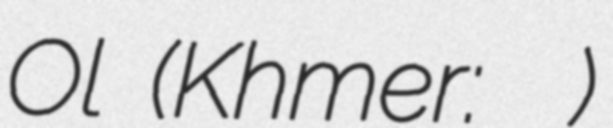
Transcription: Ol (Khmer: ដួង សាំអុល)